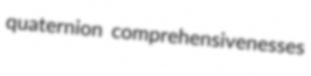
quaternion comprehensivenesses